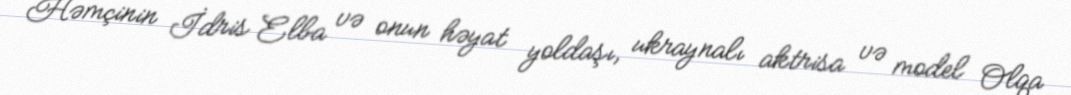
Həmçinin İdris Elba və onun həyat yoldaşı, ukraynalı aktrisa və model Olqa